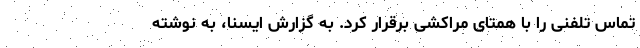
تماس تلفنی را با همتای مراکشی برقرار کرد. به گزارش ایسنا، به نوشته